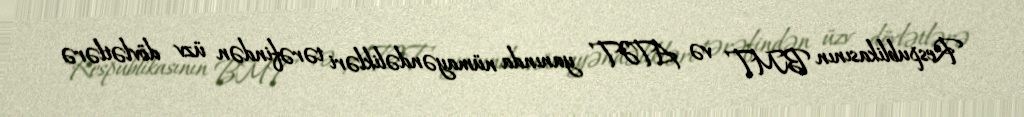
Respublikasının BMT və ATƏT yanında nümayəndəlikləri tərəfindən üzv dövlətlərə